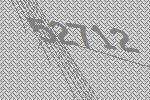
52712